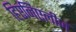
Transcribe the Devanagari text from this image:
हिएनिएलीज